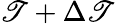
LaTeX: \mathscr{T}+\Delta\mathscr{T}